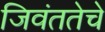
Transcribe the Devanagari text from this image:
जिवंततेचे